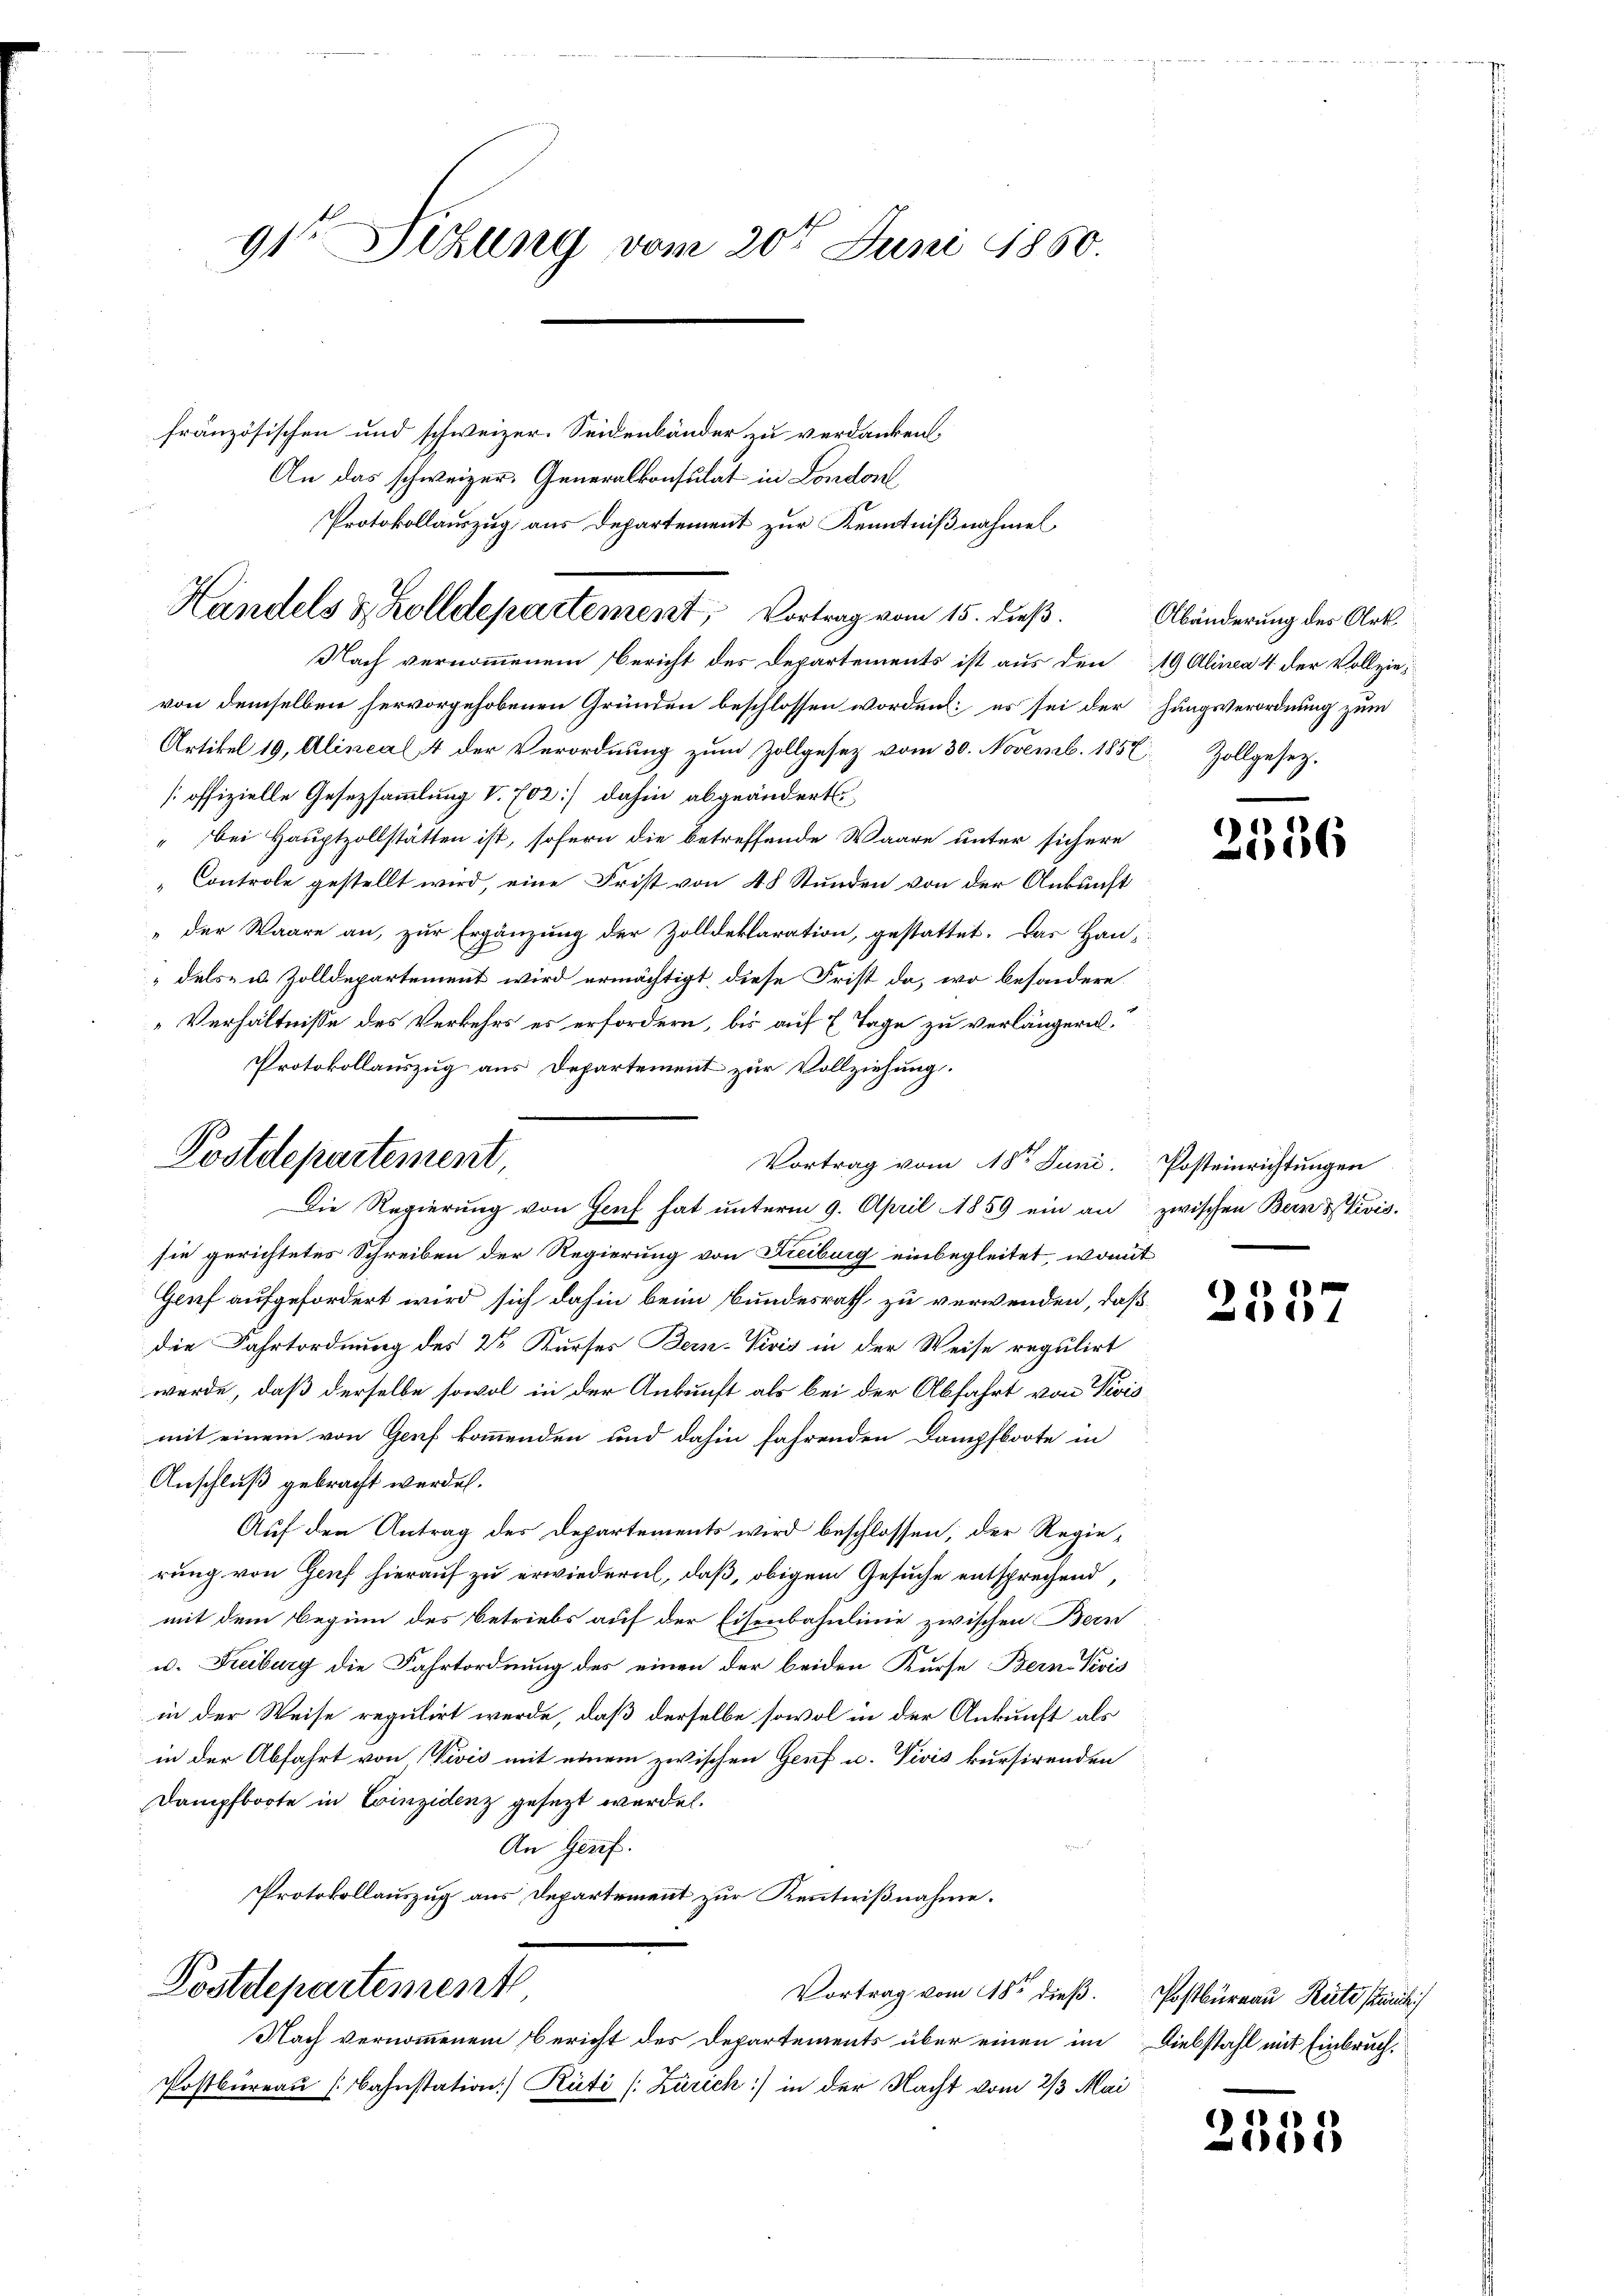
französischen und schweizer. Seidenbänder zu verdanken,
An das schweizer. Generalkonsulat in London
Nach vernommenem Bericht des Departements ist aus den 19 Alinea 4 der Vollzievon demselben hervorgehobenen Gründen beschlossen worden: es sei der hungsverordnung zum
Artikel 19, Alineal, 4 der Verordnung zum Zollgesetz vom 30. Novemb. 1852 Zollgesetz.
[offizielle Gesezsammlung V. 702] dahin abgeändert,
" bei Hauptzollstätten ist, sofern die betreffende Waare unter sichere
"Controle gestellt wird, eine Frist von 48 Stunden von der Ankunft
"der Waare an, zur Ergänzung der Zolldeklaration, gestattet. Das Han-
dels- u. Zolldepartement wird ermächtigt, diese Frist da, wo besondere
Verhältnisse des Verkehrs es erfordern, bis auf E Tage zu verlängern.
Protokollauszug aus Departement zur Vollziehung.
Die Regierung von Genf hat unterm 9. April 1859 ein an zwischen Bern stivis.
sie gerichtetes Schreiben der Regierung von Freiburg einbegleitet, womit
Genf aufgefordert wird sich dahin beim Bundesrath zu verwenden, daß
die Fahrtordnung des 2r Kurses Bern-Vivis in der Weise regulirt
werde, daß derselbe sowol in der Ankunft als bei der Abfahrt von Revis
mit einem von Genf kommenden und dahin fahrenden Dampfboote in
Anschluß gebracht werden.
Auf den Antrag des Departements wird beschlossen, der Regierung von Genf hierauf zu erwiedern, daß, obigem Gesuche entsprechend,
mit dem Beginn des Betriebs auf der Eisenbahnlinie zwischen Bern
u. Freiburg die Fahrtordnung des einen der beiden Kurse Bern Revis
in der Weise regulirt werde, daß derselbe sowol in der Ankunft als
in der Abfahrt von Divis mit einem zwischen Genf u. Vivis kursirenden
Dampfboote in Einzidenz gesezt werde.
An Genf.
Protokollauszug aus Departement zur Kenntnißnahme.

91te Sitzung vom 20t Juni 1850.

Protokollauszug aus Departement zur Kenntnißnahmen
Handels & Zolldepartement, Vortrag vom 15. dieß.

Postdepartement,

Postdepartement,
Nach vernommenem Bericht des Departements über einen im

Vortrag vom 18ten Juni. Posteinrichtungen

Vortrag vom 18ten dieß.
Postbüreau [Bahnstation) Rüti [Zürich) in der Nacht vom 2/3 Mai

Abänderung des Art.

2556

2501

Postbüreau Reite sich
Diebstahl mit Einbruch.

2555